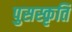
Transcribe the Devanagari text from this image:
पुसस्कृति